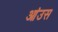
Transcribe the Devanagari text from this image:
आंउस